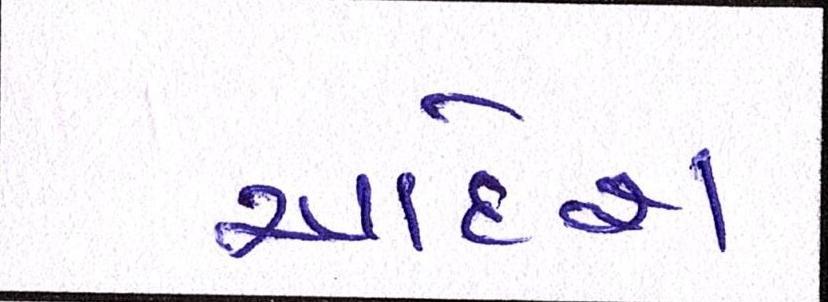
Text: આદેશ